Madras plague regulations in force outside the Presidency town - Volume 7
Disease focus: Plague
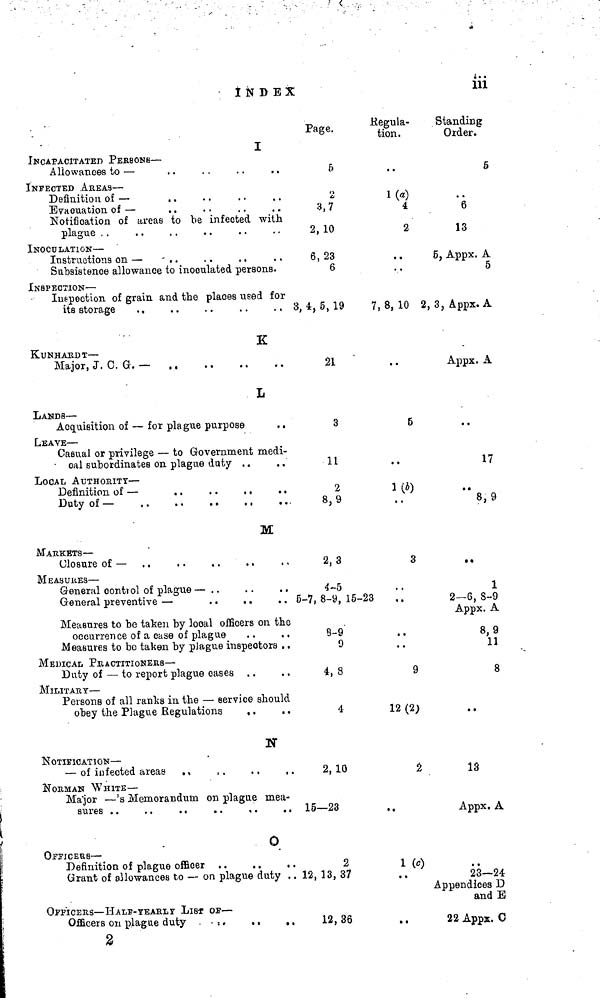
INDEX
iii
I
INCAPACITATED PERSONS —
Allowances to —
, .
INFECTED AREAS —
Definition of —
. .
Evacuation of —
Notification of areas to be infected with
plague
INOCULATION —
Instructions on — - . .
. .
. .
Subsistence allowance to inoculated persons.
INSPECTION —
Infection of grain and the places used for
its storage
. .
K
KUNHARDT —
Major, J. C. G. —
L
LANDS —
Acquisition of — for plague purpose
LEAVE —
Casual or privilege — to Government medi-
cal subordinates on plague duty . .
. .
LOCAL AUTHORITY —
Definition of —
. .
. .
. .
. .
Duty of —
M
MARKETS —
Closure of —
MEASURES —
General control of plague —
General preventive —
. .
. .
. .
Measures to be taken by local officers on the
occurrence of a case of plague
Measures to bo taken by plague inspectors . .
MEDICAL PRACTITIONERS—
Duty of — to report plague cases
MILITÄRY —
Persons of all ranks in the — service should
obey the Plague Regulations
, .
N
NOTIFICATION —
— of infected areas . ,
NORMAN
WHITE
Major — 's Memorandum on plague mea-
O
OFFICERS —
Definition of plague officer , .
. .
. .
Grant of allowances to — on plague duty . .
OFFICERS — HALF-YEARLY LIST OF —
Officers on plague duty . : .
. .
. .
2
Page.
5
2
3,7
2, 10
6, 23
6
3, 4, 5, 19
21
3
11
2
8,9
2, 3
4-5
6-7, 8-9, 15-2
8-9
9
4,8
4
2,10
15—23
2
12, 13, 37
12,36
Regula-
tion.
l(a)
4
2
. .
..
7, 8, 10
5
• •
l(b)
3
¡3
. .
..
9
12 (2)
2
.
1 (c)
..
Standing
Order.
5
6
13
5, Appx. A
5
2, 3, Appx. A
Appx. A
..
17
..
8, 9
• •
1
2—6, S-9
Appx. A
8,9
11
8
••
13
Appx. A
, .
23—24
Appendices D
and E
22 Apps. C